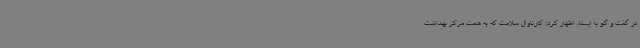
در گفت و گو با ایسنا، اظهار کرد: کارناوال سلامت که به همت مرکز بهداشت